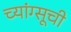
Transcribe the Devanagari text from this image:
च्यांग्सूची